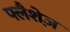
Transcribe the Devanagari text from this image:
फ्लैशेज़